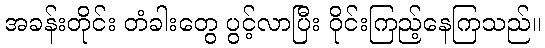
အခန်းတိုင်း တံခါးတွေ ပွင့်လာပြီး ဝိုင်းကြည့်နေကြသည်။